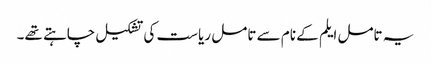
یہ تامل ایلم کے نام سے تامل ریاست کی تشکیل چاہتے تھے۔